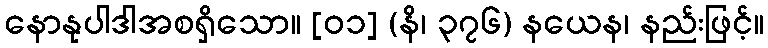
နောနုပါဒါအစရှိသော။ [၀၁] (နိ၊ ၃၇၆) နယေန၊ နည်းဖြင့်။